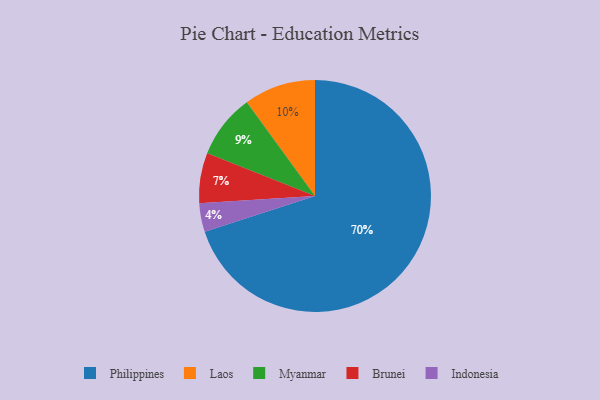
{"axis": {"x": "Category", "y": "Percentage"}, "legend": ["Brunei", "Indonesia", "Laos", "Myanmar", "Philippines"], "data": [{"x": "Laos", "y": 10, "type": "Laos"}, {"x": "Indonesia", "y": 4, "type": "Indonesia"}, {"x": "Myanmar", "y": 9, "type": "Myanmar"}, {"x": "Philippines", "y": 70, "type": "Philippines"}, {"x": "Brunei", "y": 7, "type": "Brunei"}]}